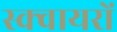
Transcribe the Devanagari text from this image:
स्क्वायरों